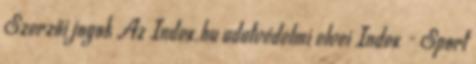
Szerzői jogok Az Index.hu adatvédelmi elvei Index - Sport